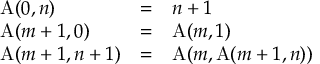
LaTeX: \begin{array} { l c l } { \operatorname { A } ( 0 , n ) } & { = } & { n + 1 } \\ { \operatorname { A } ( m + 1 , 0 ) } & { = } & { \operatorname { A } ( m , 1 ) } \\ { \operatorname { A } ( m + 1 , n + 1 ) } & { = } & { \operatorname { A } ( m , \operatorname { A } ( m + 1 , n ) ) } \end{array}